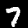
Label: 7